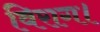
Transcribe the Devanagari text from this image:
विराग।